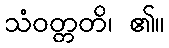
သံဝတ္တတိ၊ ၏။